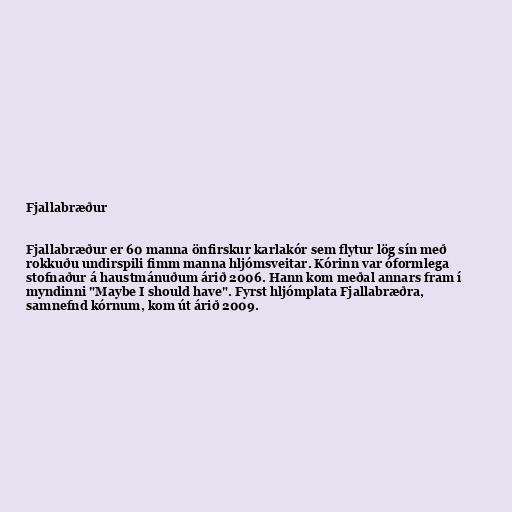
Fjallabræður

Fjallabræður er 60 manna önfirskur karlakór sem flytur lög sín með
rokkuðu undirspili fimm manna hljómsveitar. Kórinn var óformlega
stofnaður á haustmánuðum árið 2006. Hann kom meðal annars fram í
myndinni "Maybe I should have". Fyrst hljómplata Fjallabræðra,
samnefnd kórnum, kom út árið 2009.